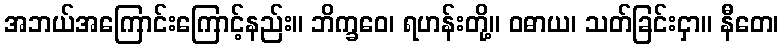
အဘယ်အကြောင်းကြောင့်နည်း။ ဘိက္ခဝေ၊ ရဟန်းတို့။ ဝဓာယ၊ သတ်ခြင်းငှာ။ နီတေ၊